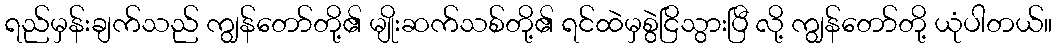
ရည်မှန်းချက်သည် ကျွန်တော်တို့၏ မျိုးဆက်သစ်တို့၏ ရင်ထဲမှစွဲငြိသွားပြီ လို့ ကျွန်တော်တို့ ယုံပါတယ်။